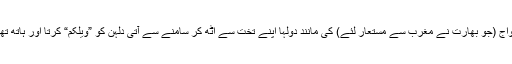
انگریزی رسم و رواج (جو بھارت نے مغرب سے مستعار لئے) کی مانند دولہا اپنے تخت سے اٹھ کر سامنے سے آتی دلہن کو ”ویلکم“ کرتا اور ہاتھ تھام کر سٹیج پر لاتا۔